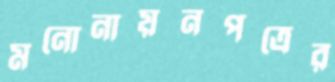
মনোনায়নপত্রের